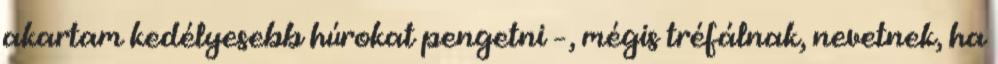
akartam kedélyesebb húrokat pengetni –, mégis tréfálnak, nevetnek, ha